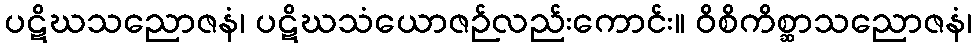
ပဋိဃသညောဇနံ၊ ပဋိဃသံယောဇဉ်လည်းကောင်း။ ဝိစိကိစ္ဆာသညောဇနံ၊